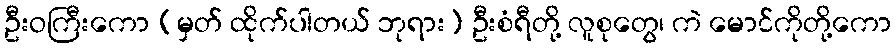
ဦးဝကြီးကော (မှတ် ထိုက်ပါတယ် ဘုရား) ဦးစံရီတို့ လူစုတွေ၊ ကဲ မောင်ကိုတို့ကော